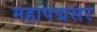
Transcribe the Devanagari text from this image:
महापद्मसर